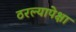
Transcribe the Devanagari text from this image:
ठरल्यापेक्षा